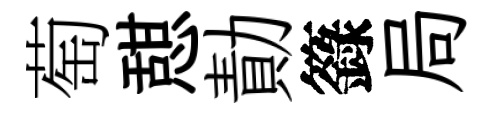
萄憇勣籙局